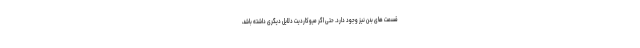
قسمت های بدن نیز وجود دارد. حتی اگر میوکاردیت دلایل دیگری داشته باشد،